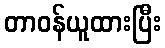
တာဝန်ယူထားပြီး